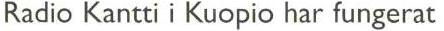
Radio Kantti i Kuopio har fungerat